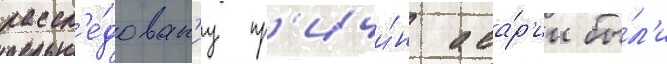
рассл'е́дован'иу пр'ичи́н ава́р'ии бы́л'и